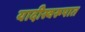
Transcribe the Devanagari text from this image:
यादीस्वरूपात